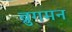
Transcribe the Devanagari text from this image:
ब्रुगमन